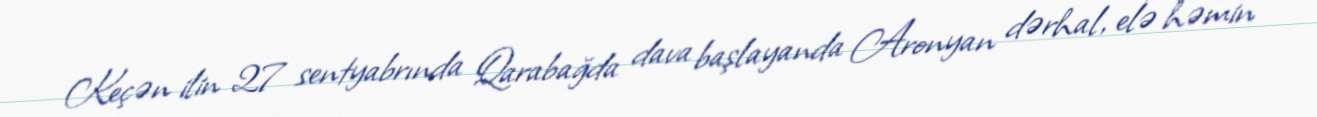
Keçən ilin 27 sentyabrında Qarabağda dava başlayanda Aronyan dərhal, elə həmin